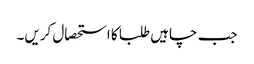
جب چاہیں طلبا کا استحصال کریں۔